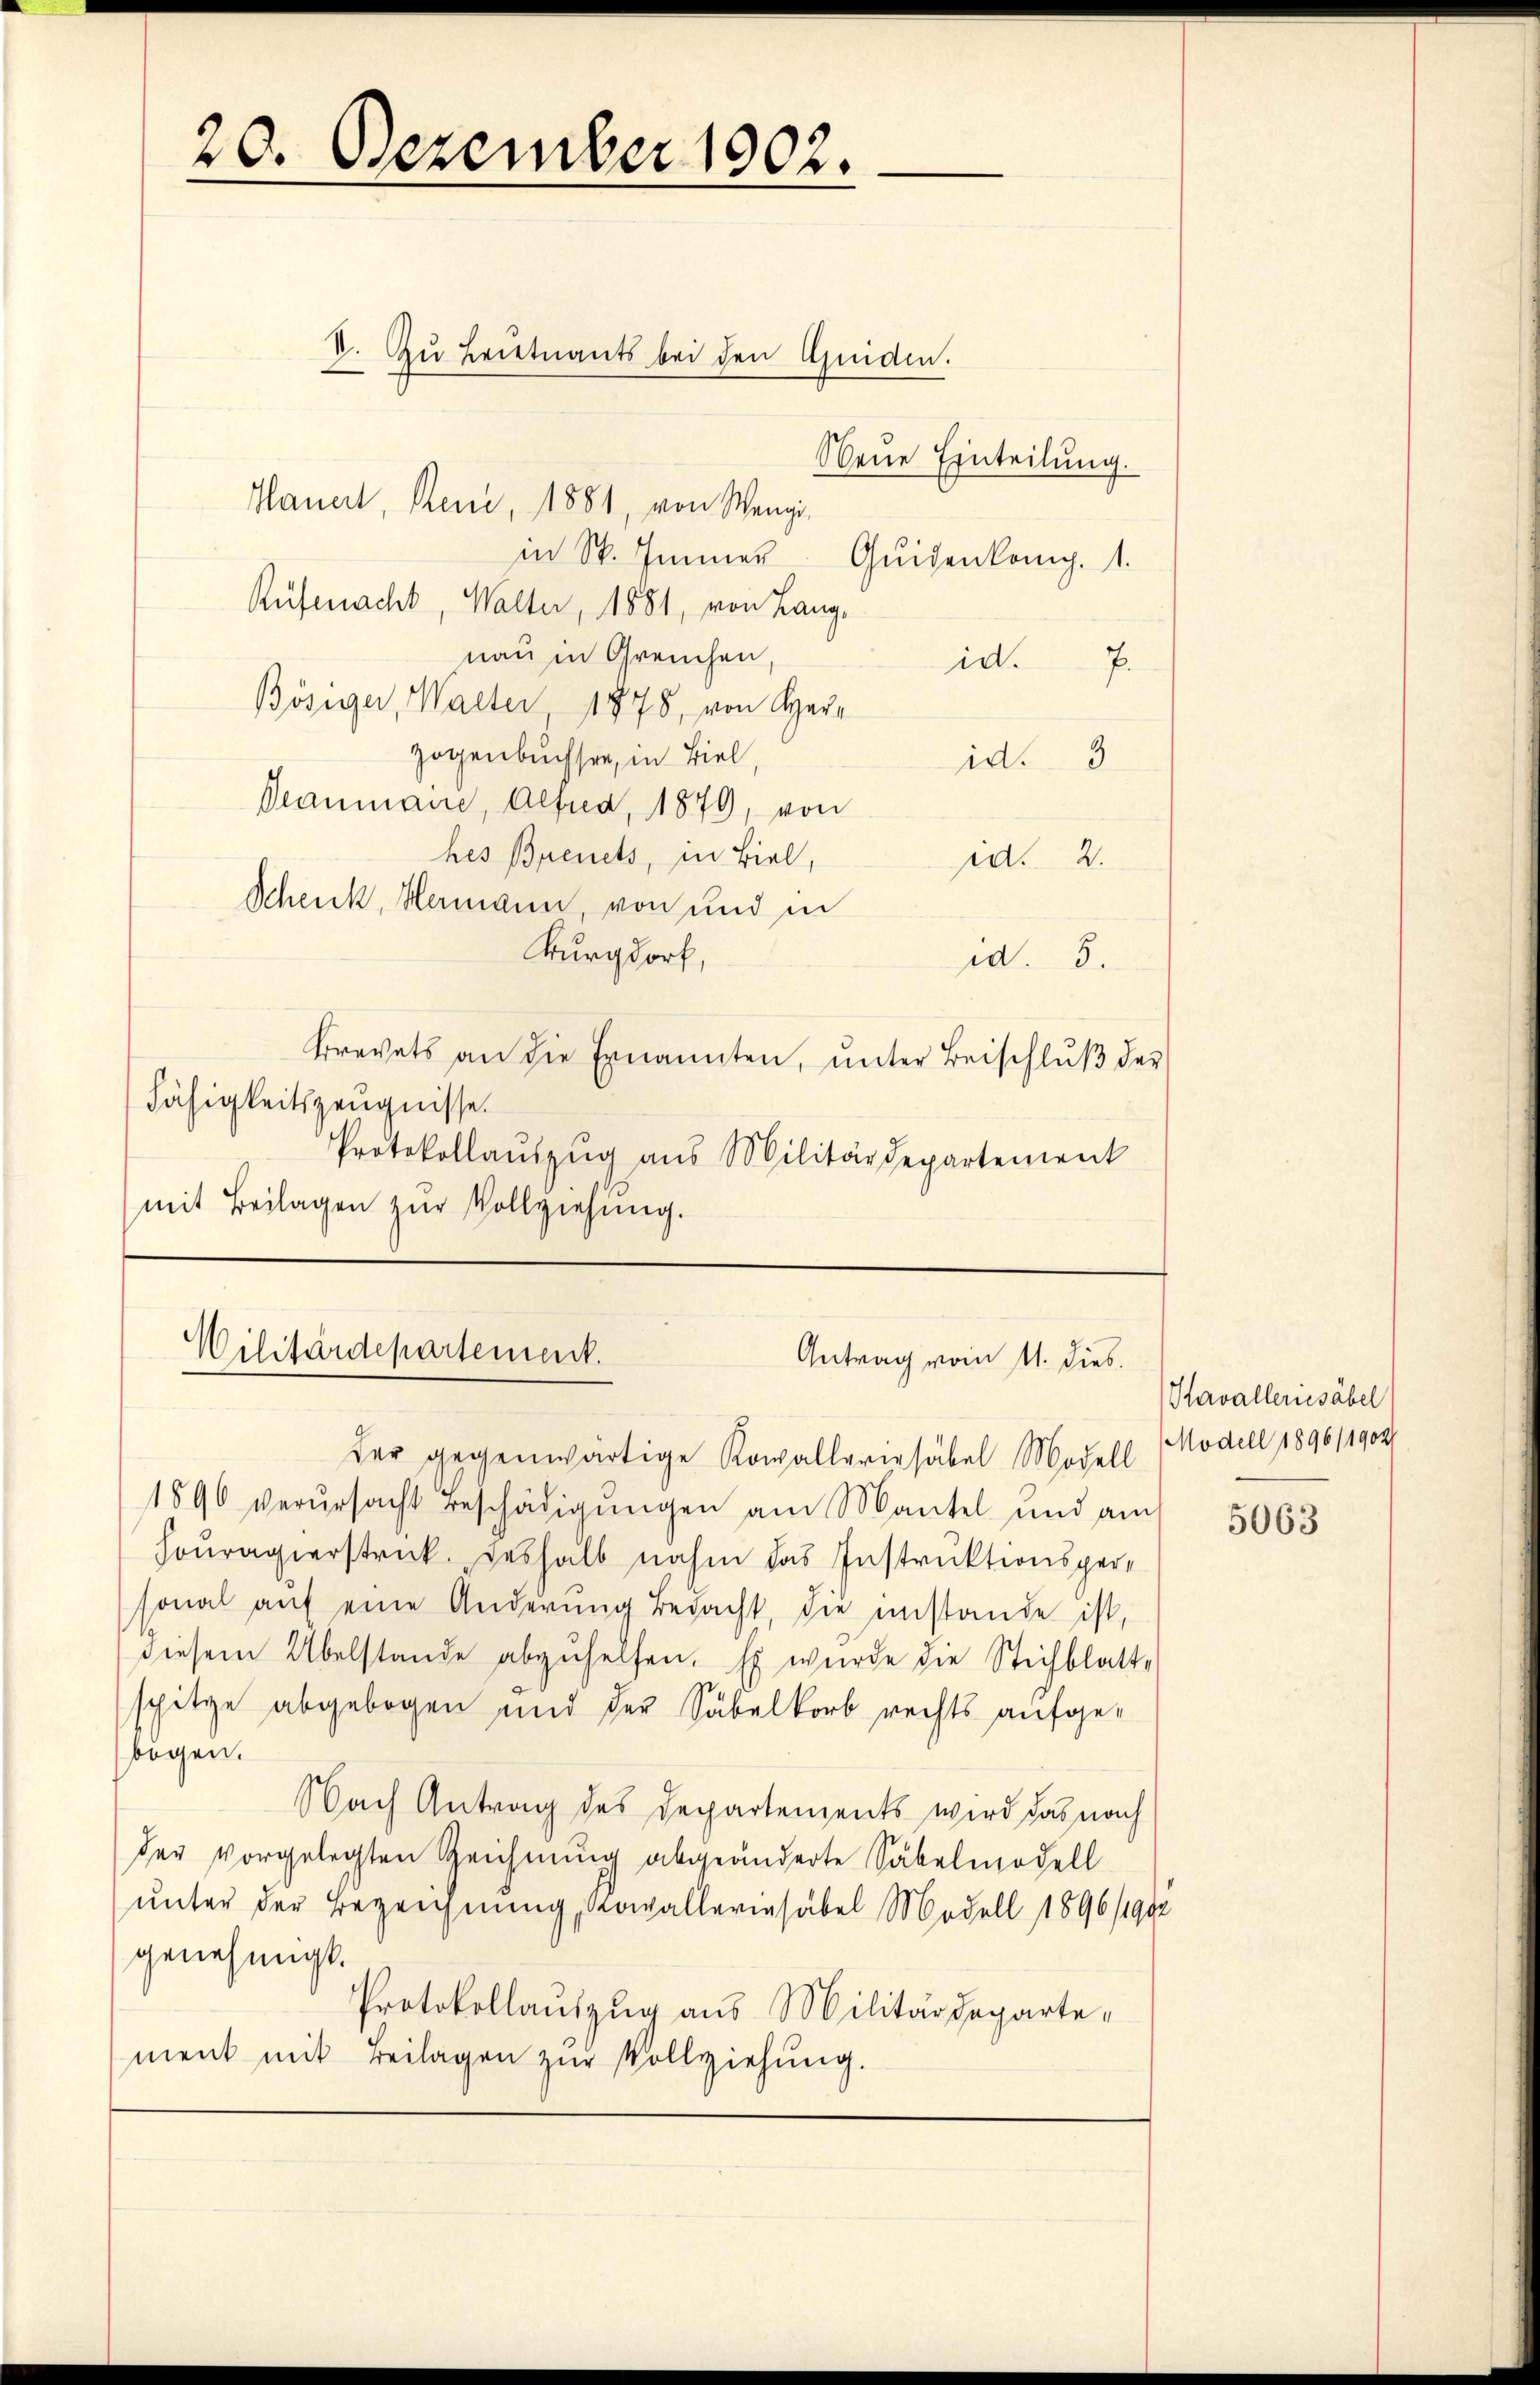
20. Dezember 1902.

V. Zu Leutnants bei den Guiden.
Neue Einteilung.
Hauert, Reni, 1881, von Wengi,
in St. Immer Guidenkamp. 1.
Rüfenacht, Walter, 1881, von Lang-
nau in Greuchen,
id.
Bösiger, Walter, 1878, von Herr
zogenbuchsen, in Biel,
id. 3
Deaumane, Alfred, 1879, von
hes Bienets, in Biel,
ed. 2.
Schenk, Hermann, von und in
Burgdorf,
dd. 3.
Brevets an die Ernannten, ŭnter Beischlŭβ der
Fähigkeitszeugnisse.
Protokollaŭszŭg aŭs Militärdepartement
mit Beilagen zŭr Vollziehung.

Wilitärdepartement.
Antrag vom 11. dies

1896 verursacht beschädigungen am Mantel und am
Fouragierstrick. Deshalb nahm das Instruktionspersonal auf eine Änderung bedacht, die imstande ist,
diesem Übelstande abzuhelfen. Es wurde die Stichblatt-
spitze abgebogen und der Säbelkorb rechts aufgebogen.
Nach Antrag des Departements wird das nach
der vorgelegten Zeichnung abgeänderte Säbelmodell
unter der Bezeichnung, Kowallerinsäbel Modell 1896/1902
genehmigt.
Protokollauszug aus Militärdepartement mit Beilagen zŭr Vollziehung.

der gegenwärtige Kowalleriesäbel Modell Modell 1896/1904/

Thavalleriesäbel

5063